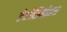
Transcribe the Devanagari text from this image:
रेबोतिमोहन